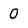
Character: 0